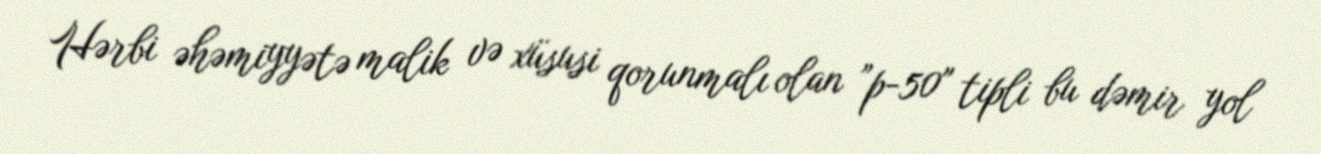
Hərbi əhəmiyyətə malik və xüsusi qorunmalı olan ”p-50" tipli bu dəmir yol